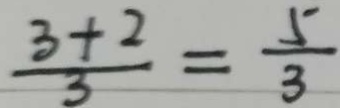
\frac { 3 + 2 } { 3 } = \frac { 5 } { 3 }